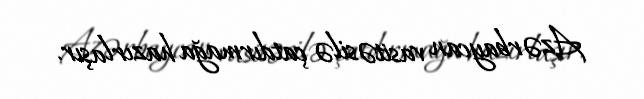
Azərbaycan vasitəsilə çatdırmağa hazırlaşır.